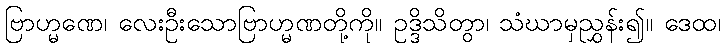
ဗြာဟ္မဏေ၊ လေးဦးသောဗြာဟ္မဏတို့ကို။ ဥဒ္ဒိသိတွာ၊ သံဃာမှညွှန်း၍။ ဒေထ၊